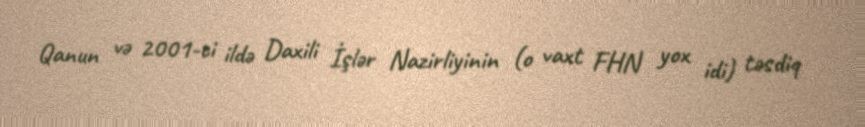
Qanun və 2001-ci ildə Daxili İşlər Nazirliyinin (o vaxt FHN yox idi) təsdiq